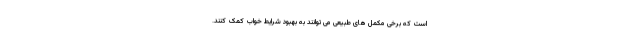
است که برخی مکمل های طبیعی می توانند به بهبود شرایط خواب کمک کنند.